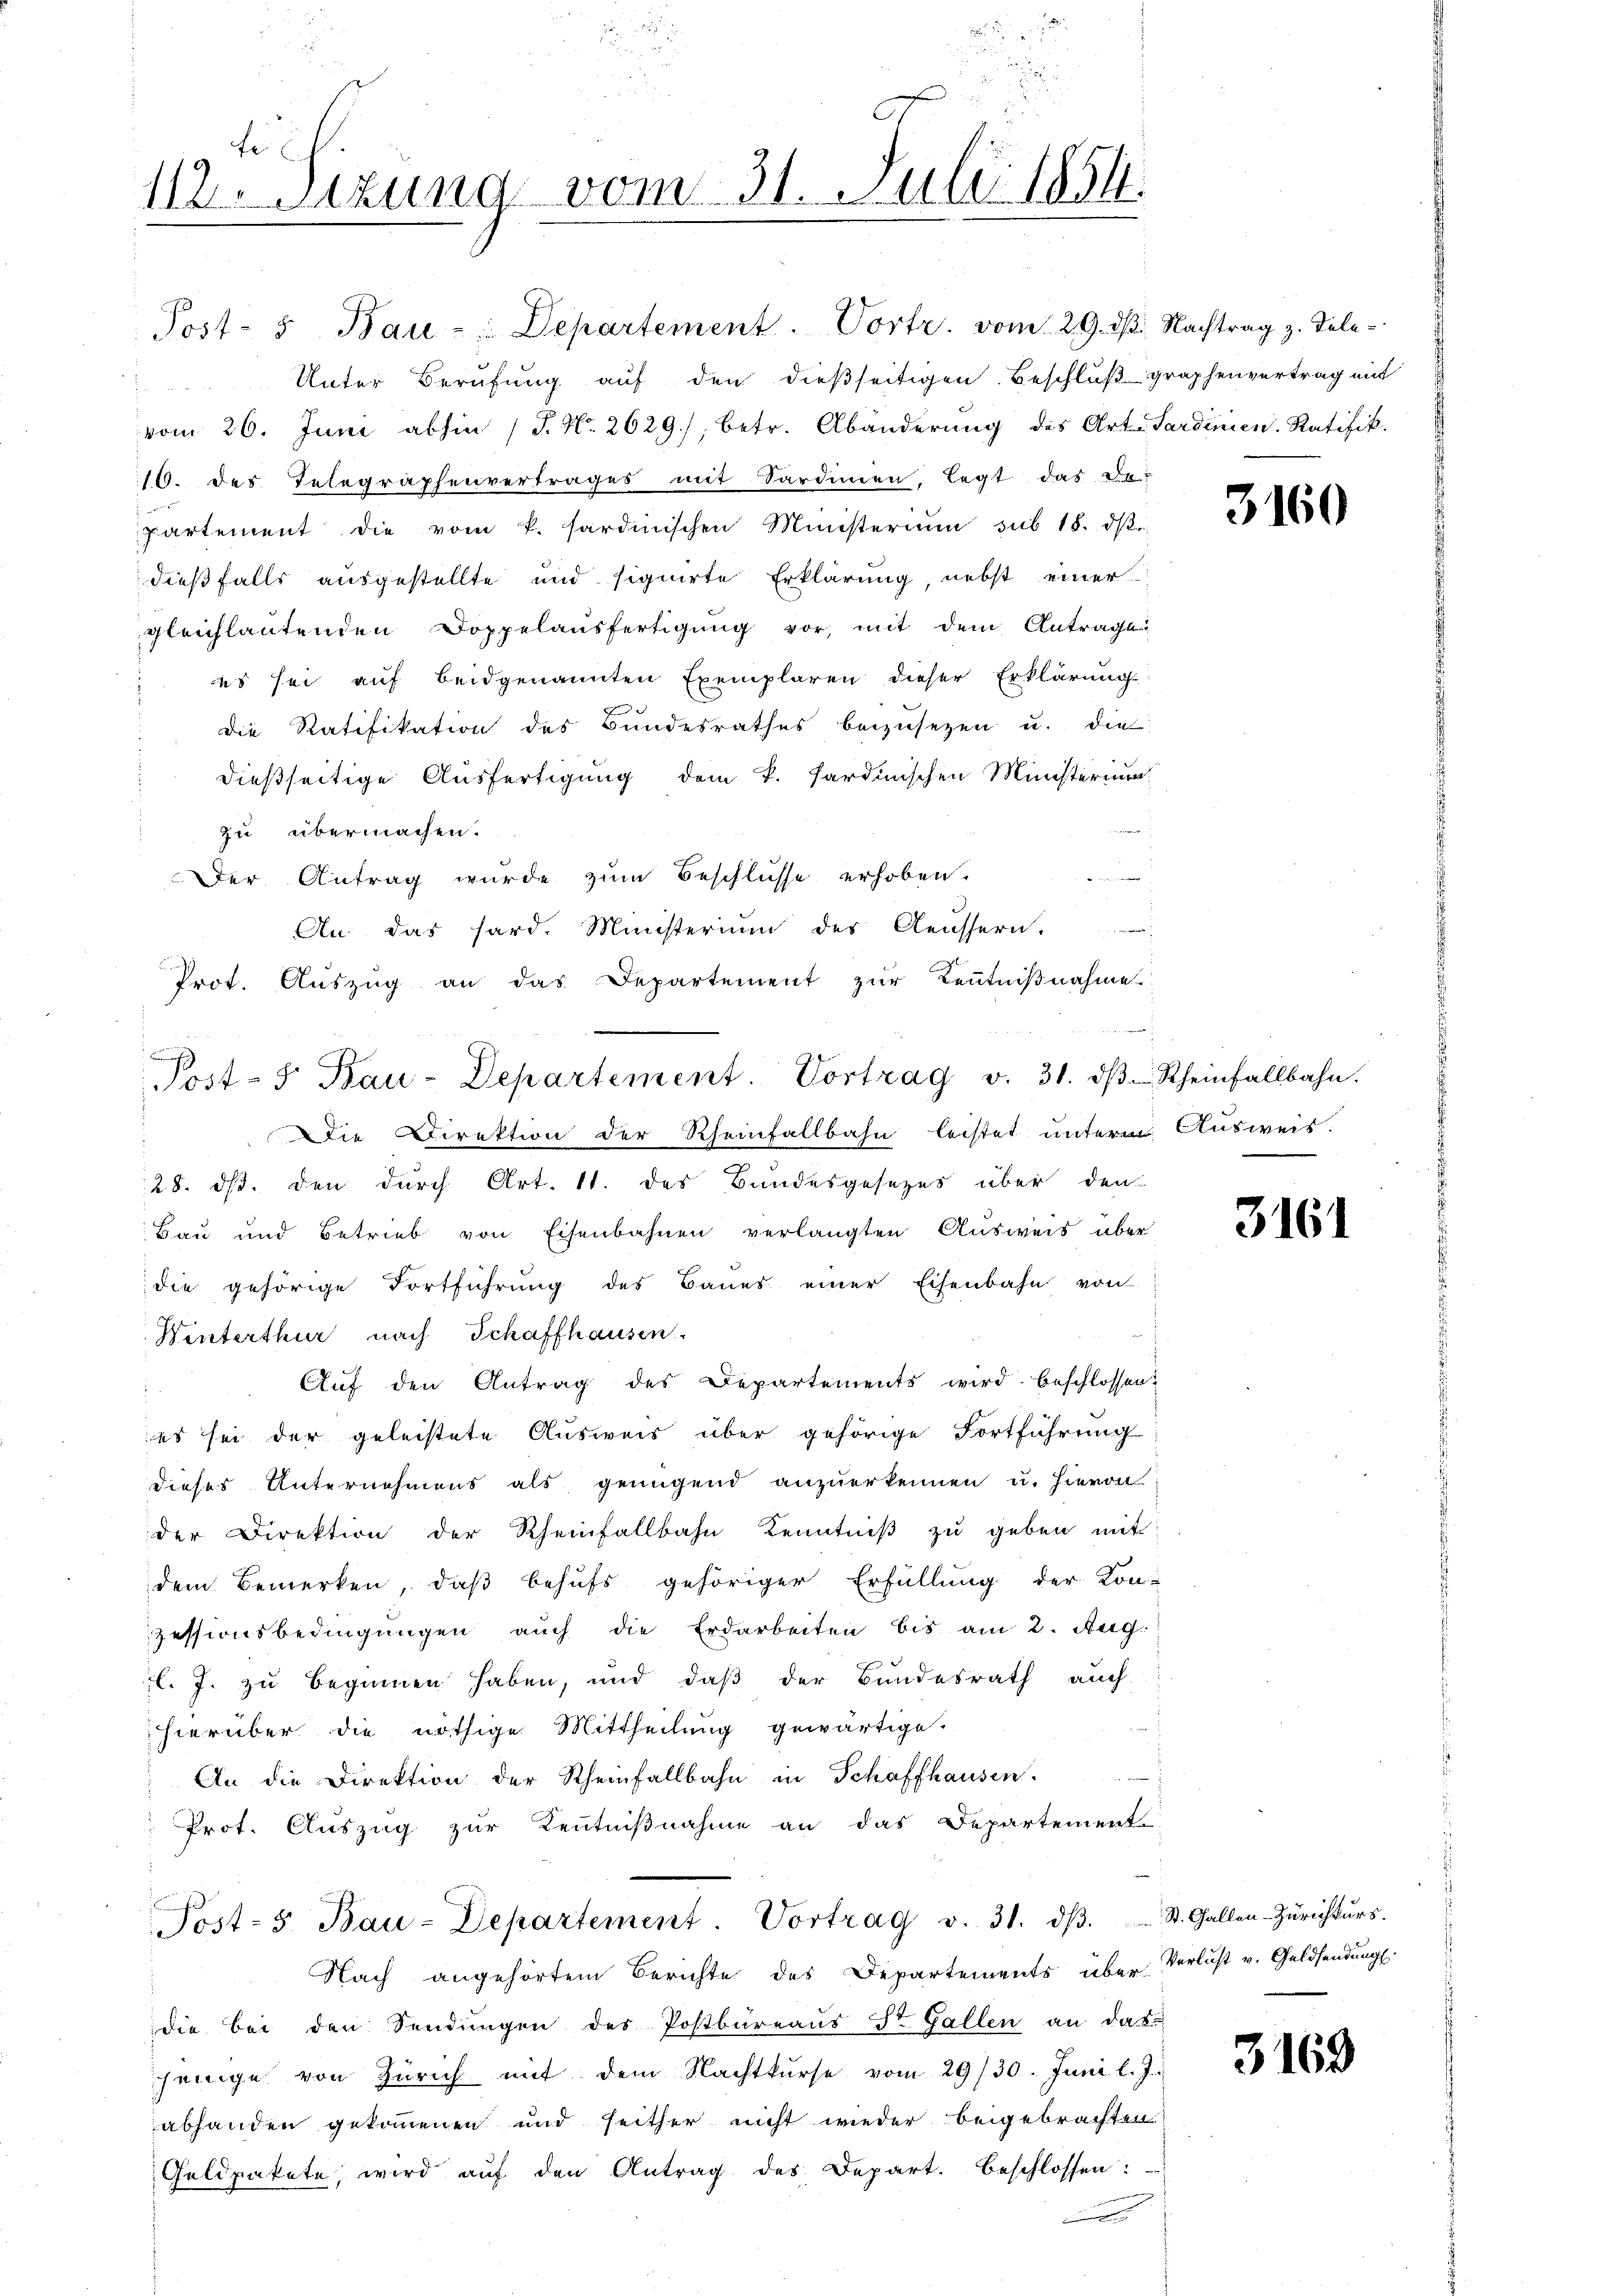
e
112. Setzung vom 31. Juli 1854.

Unter Berufung auf den dießseitigen Beschluß graphenvertrag mit
vom 26. Juni abhin (T. N. 2629), betr. Abänderung des Art. Sardinien Ratifik
16. des Telegraphenvertrages mit Sardinien, legt das Be-
partement die vom k. sardinischen Ministerium sub 15. ds.
dießfalls ausgestellte und signirte Erklärung, nebst einer
gleichlautenden Doppelausfertigung vor, mit dem Antrage
es sei auf beidgenannten Exemplaren dieser Erklärung
die Ratifikation des Bundesrathes beizusetzen u. die
dießseitige Ausfertigung dem k. Sardinischen Ministerium
ve
zu übermachen.
Der Antrag wurde zum Beschlüsse erhoben.
i
An das hard. Ministerium des Aeussern.
Prot. Auszug an das Departement zur Kenntnißnahme
Die Direktion der Rheinfallbahn leistet unterm Ausweis.
28. ds. den durch Art. 11. des Bundesgesezes über den
Bau und Betrieb von Eisenbahnen verlangten Ausweis über
die gehörige Fortführung des Baues einer Eisenbahn von
Winterthur nach Schaffhausen.
Aŭf den Antrag des Departements wird beschlossen:
es sei der geleistete Ausweis über gehörige Fortführung
dieses Unternehmens als genügend anzuerkennen u. hievon
der Direktion der Rheinfallbahn Kenntniβ zŭ geben mit
dem Bemerken, daß behufs gehöriger Erfüllung der Kon-
zessionsbedingungen auch die Erdarbeiten bis am 2. Aug.
l. J. zu beginnen haben, und daß der Bundesrath auch
hierüber die nöthige Mittheilung gewärtige.

An die Direktion der Rheinfallbahn in Schaffhausen.
Prot. Auszug zur Kenntnißnahme an das Departement-
Post- 5. Bau-Departement. Vortrag v. 31. dβ. St. Gallen-Zürichtŭrs.
Nach angehörtem Berichte des Departements über Verlust v. Geldsendung.
die bei den Sendŭngen des Postbüreaŭs St. Gallen an das
jenige von Zürich mit dem Nachtkŭrse vom 29./30. Juni l. J.
abhanden gekommenen und seither nicht wieder beigebrachten
Geldpakete wird aŭf den Antrag des Depart. beschlossen:

Post- & Bau-Departement. Vortrag v. 31. dβ. Rheinfallbahn.

Post- u Bau-Departement. Vortr. vom 29. ds. Nachtrag z. Tele-

n

3160

3161

3169